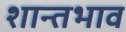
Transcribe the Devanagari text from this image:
शान्तभाव